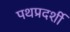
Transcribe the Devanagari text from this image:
पथप्रदर्शी